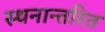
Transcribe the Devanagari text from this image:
स्थनान्तरित